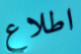
اطلاع